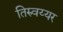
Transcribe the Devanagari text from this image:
तिरुवय्यर